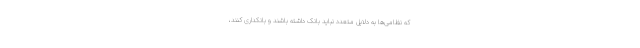
که نظامی‌ها به دلایل متعدد نباید بانک داشته باشند و بانکداری کنند،